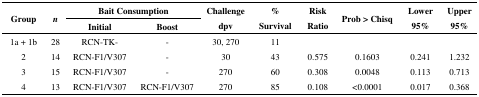
<table><thead><tr><td rowspan="2"><b>Group</b></td><td rowspan="2"><b><i>n</i></b></td><td colspan="2"><b>Bait Consumption</b></td><td rowspan="2"><b>Challenge dpv</b></td><td rowspan="2"><b>% Survival</b></td><td rowspan="2"><b>Risk Ratio</b></td><td rowspan="2"><b>Prob &gt; Chisq</b></td><td rowspan="2"><b>Lower 95%</b></td><td rowspan="2"><b>Upper 95%</b></td></tr><tr><td><b>Initial</b></td><td><b>Boost</b></td></tr></thead><tbody><tr><td>1a + 1b</td><td>28</td><td>RCN-TK-</td><td>-</td><td>30, 270</td><td>11</td></tr><tr><td>2</td><td>14</td><td>RCN-F1/V307</td><td>-</td><td>30</td><td>43</td><td>0.575</td><td>0.1603</td><td>0.241</td><td>1.232</td></tr><tr><td>3</td><td>15</td><td>RCN-F1/V307</td><td>-</td><td>270</td><td>60</td><td>0.308</td><td>0.0048</td><td>0.113</td><td>0.713</td></tr><tr><td>4</td><td>13</td><td>RCN-F1/V307</td><td>RCN-F1/V307</td><td>270</td><td>85</td><td>0.108</td><td>&lt;0.0001</td><td>0.017</td><td>0.368</td></tr></tbody></table>